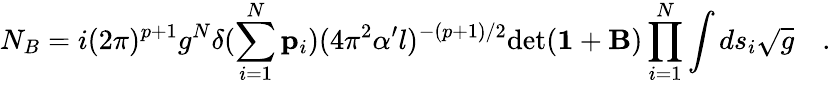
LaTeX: N_{B}=i(2\pi)^{p+1}g^{N}\delta(\sum_{i=1}^{N}{\mathbf p}_{i})(4\pi^{2}\alpha^{\prime}l)^{-(p+1)/2}\mathrm{det}({\mathbf 1}+{\mathbf B})\prod_{i=1}^{N}\int ds_{i}{\sqrt{g}}\quad.